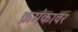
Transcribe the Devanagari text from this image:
क्रमंकावर